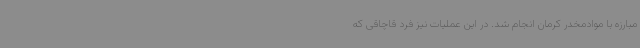
مبارزه با موادمخدر کرمان انجام شد. در این عملیات نیز فرد قاچاقی که